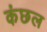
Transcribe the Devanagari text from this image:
कंछल